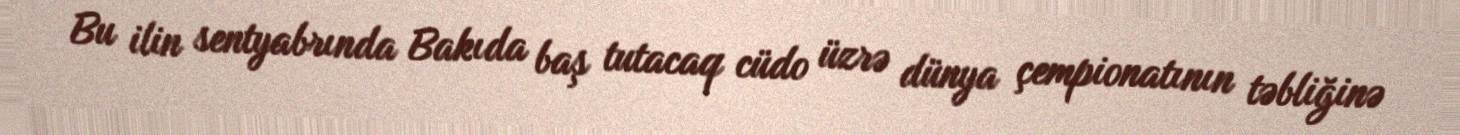
Bu ilin sentyabrında Bakıda baş tutacaq cüdo üzrə dünya çempionatının təbliğinə